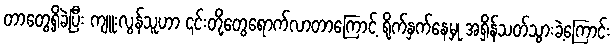
တာတွေ့ရှိခဲ့ပြီး ကျူးလွန်သူဟာ ၎င်းတို့တွေရောက်လာတာကြောင့် ရိုက်နှက်နေမှု အရှိန်သတ်သွားခဲ့ကြောင်း